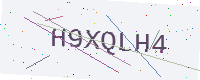
Text: H9XQLH4